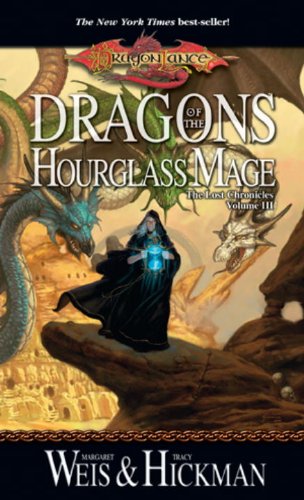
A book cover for Dragons of the Hourglass Mage (Dragonlance: The Lost Chronicles, Book 3); Margaret Weis; Science Fiction & Fantasy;